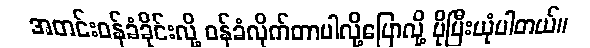
အတင်းဝန်ခံခိုင်းလို့ ဝန်ခံလိုက်တာပါလို့ပြောလို့ ပိုပြီးယုံပါတယ်။